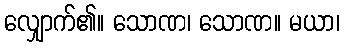
လျှောက်၏။ သောဏ၊ သောဏ။ မယာ၊